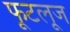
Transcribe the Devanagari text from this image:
फूटलूज